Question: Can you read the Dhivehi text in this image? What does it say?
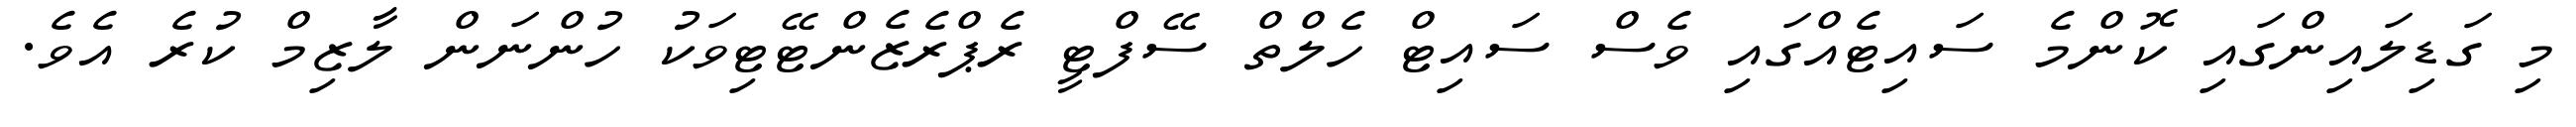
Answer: މި ގަޑިލައިންގައި ކޮންމެ ސައިޓެއްގައި ވެސް ސައިޓް ހެލްތް ސޭފްޓީ ރެޕްރެޒެންޓޭޓިވަކު ހުންނަން ލާޒިމް ކުރެ އެވެ.